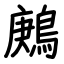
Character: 鶊